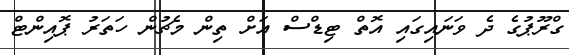
ގްރޫޕުގެ ދެ ވަނައިގައި އޮތް ޓިޑްސް އަށް ތިން މެޗުން ހަތަރު ޕޮއިންޓް